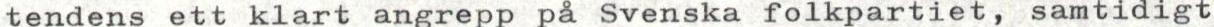
tendens ett klart angrepp på Svenska folkpartiet, samtidigt